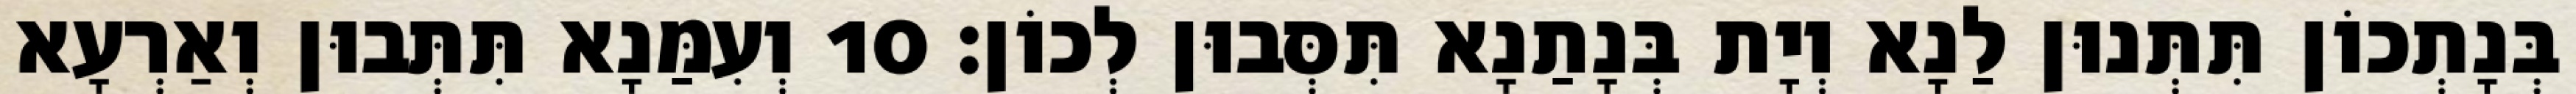
בְּנָתְכוֹן תִּתְּנוּן לַנָא וְיָת בְּנָתַנָא תִּסְּבוּן לְכוֹן׃ 10 וְעִמַּנָא תִּתְּבוּן וְאַרְעָא